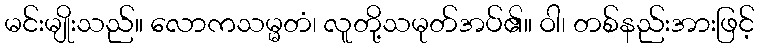
မင်းမျိုးသည်။ လောကသမ္မတံ၊ လူတို့သမုတ်အပ်၏။ ဝါ၊ တစ်နည်းအားဖြင့်